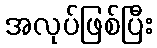
အလုပ်ဖြစ်ပြီး